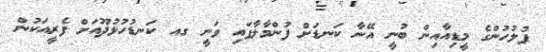
ފުލުހުންގެ މީޑިއާއިން ބުނީ އޭނާ ކަނޑަށް ފުންމާލާފައި ވަނީ ގއ ކަނޑުހުޅުދޫއަށް ފެރީއަކުން